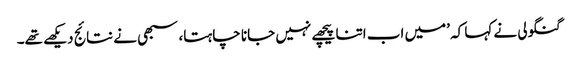
گنگولی نے کہا کہ ’میں اب اتنا پیچھے نہیں جانا چاہتا، سبھی نے نتائج دیکھے تھے۔